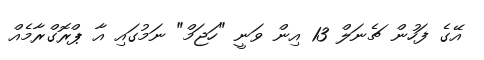
އޭގެ ފަހުން ޗެނަލް 13 އިން ވަނީ "ހަޖަމް" ނަމުގައި އާ ޕްރޮގްރާމެއް